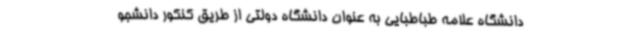
دانشگاه علامه طباطبایی به عنوان دانشگاه دولتی از طریق کنکور دانشجو